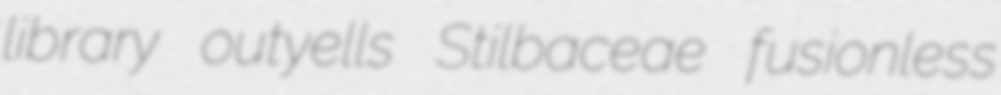
library outyells Stilbaceae fusionless